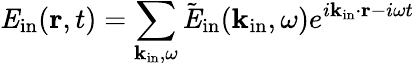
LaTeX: {\mathit E}_{\mathrm{in}}({\mathbf r},t)=\sum_{{\mathbf k}_{\mathrm{in}},\omega}\tilde{\mathit E}_{\mathrm{in}}({\mathbf k}_{\mathrm{in}},\omega)e^{i{\mathbf k}_{\mathrm{in}}\cdot{\mathbf r}-i\omega t}